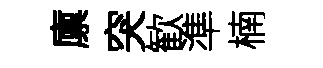
廪突歓準楠